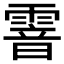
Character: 𩄒